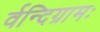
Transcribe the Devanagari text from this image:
र्वन्दिग्रामः